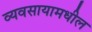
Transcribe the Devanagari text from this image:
व्यवसायामधील